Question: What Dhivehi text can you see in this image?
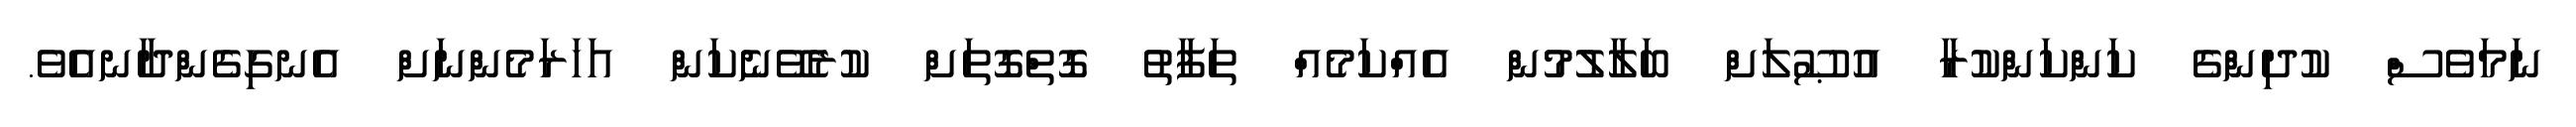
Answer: ނަމަވެސް ކުދިންގެ ކަންކަންކުރާ އުޞޫލަށް ބަލާލުމުން އެއްކަމެއް ތަފާތު ގޮތްގޮތަށް ކުރެވޭނެކަން އަހަރަމެންނަށް އެނގިގެންދާނއެވެ.